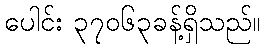
ပေါင်း ၃၇၀၆၃ခန့်ရှိသည်။